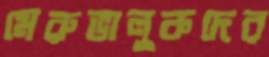
মেরুভালুকদের